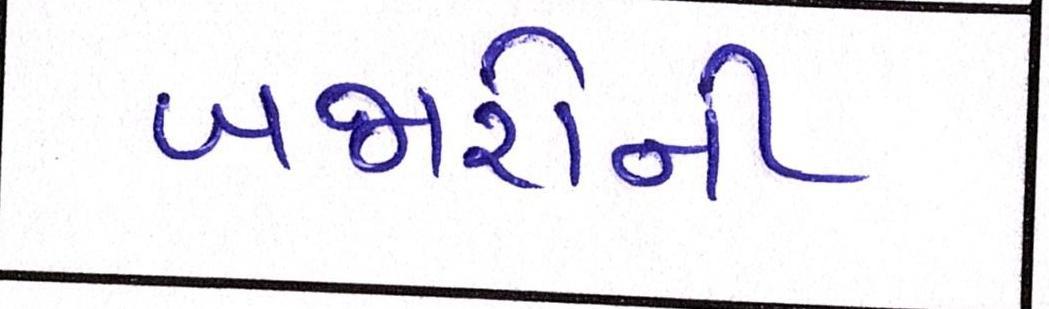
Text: બજારોની